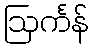
ဩင်္ကန်